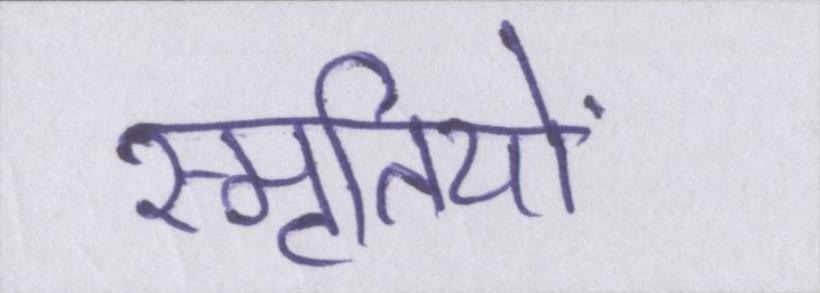
स्मृतियों